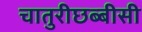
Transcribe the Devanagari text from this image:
चातुरीछब्बीसी